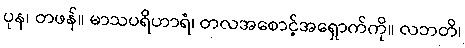
ပုန၊ တဖန်။ မာသပရိဟာရံ၊ တလအစောင့်အရှောက်ကို။ လဘတိ၊